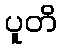
ပူတိ